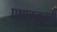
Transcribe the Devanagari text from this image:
पक्षाकडूनही